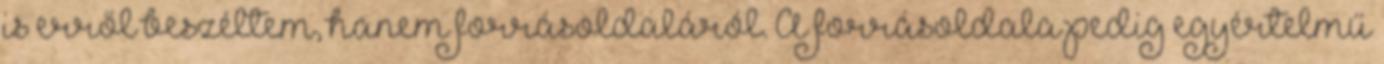
is erről beszéltem, hanem forrásoldaláról. A forrásoldala pedig egyértelmű